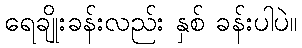
ရေချိုးခန်းလည်း နှစ် ခန်းပါပဲ။